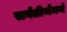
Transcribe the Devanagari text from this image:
सर्वतीर्थमयं